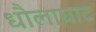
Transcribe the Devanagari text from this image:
धौलाघाट